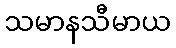
သမာနသီမာယ